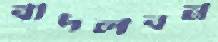
বাদলবন